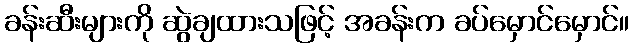
ခန်းဆီးများကို ဆွဲချထားသဖြင့် အခန်းက ခပ်မှောင်မှောင်။